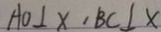
A O \bot X , B C \bot X